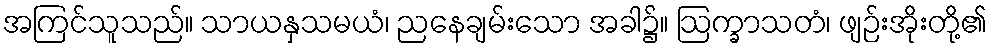
အကြင်သူသည်။ သာယနှသမယံ၊ ညနေချမ်းသော အခါ၌။ ဩက္ခာသတံ၊ ဖျဉ်းအိုးတို့၏